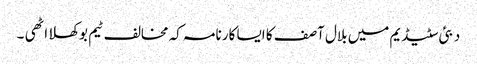
دبئی سٹیڈیم میں بلال آصف کا ایسا کارنامہ کہ مخالف ٹیم بوکھلا اٹھی ۔